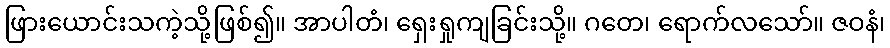
ဖြားယောင်းသကဲ့သို့ဖြစ်၍။ အာပါတံ၊ ရှေးရှုကျခြင်းသို့။ ဂတေ၊ ရောက်လသော်။ ဇဝနံ၊